DOW-UAP-D49, Launch Summary, Vandenberg AFB, 2000
Agency: Department of War
Incident date: 2/3/00
Page 10
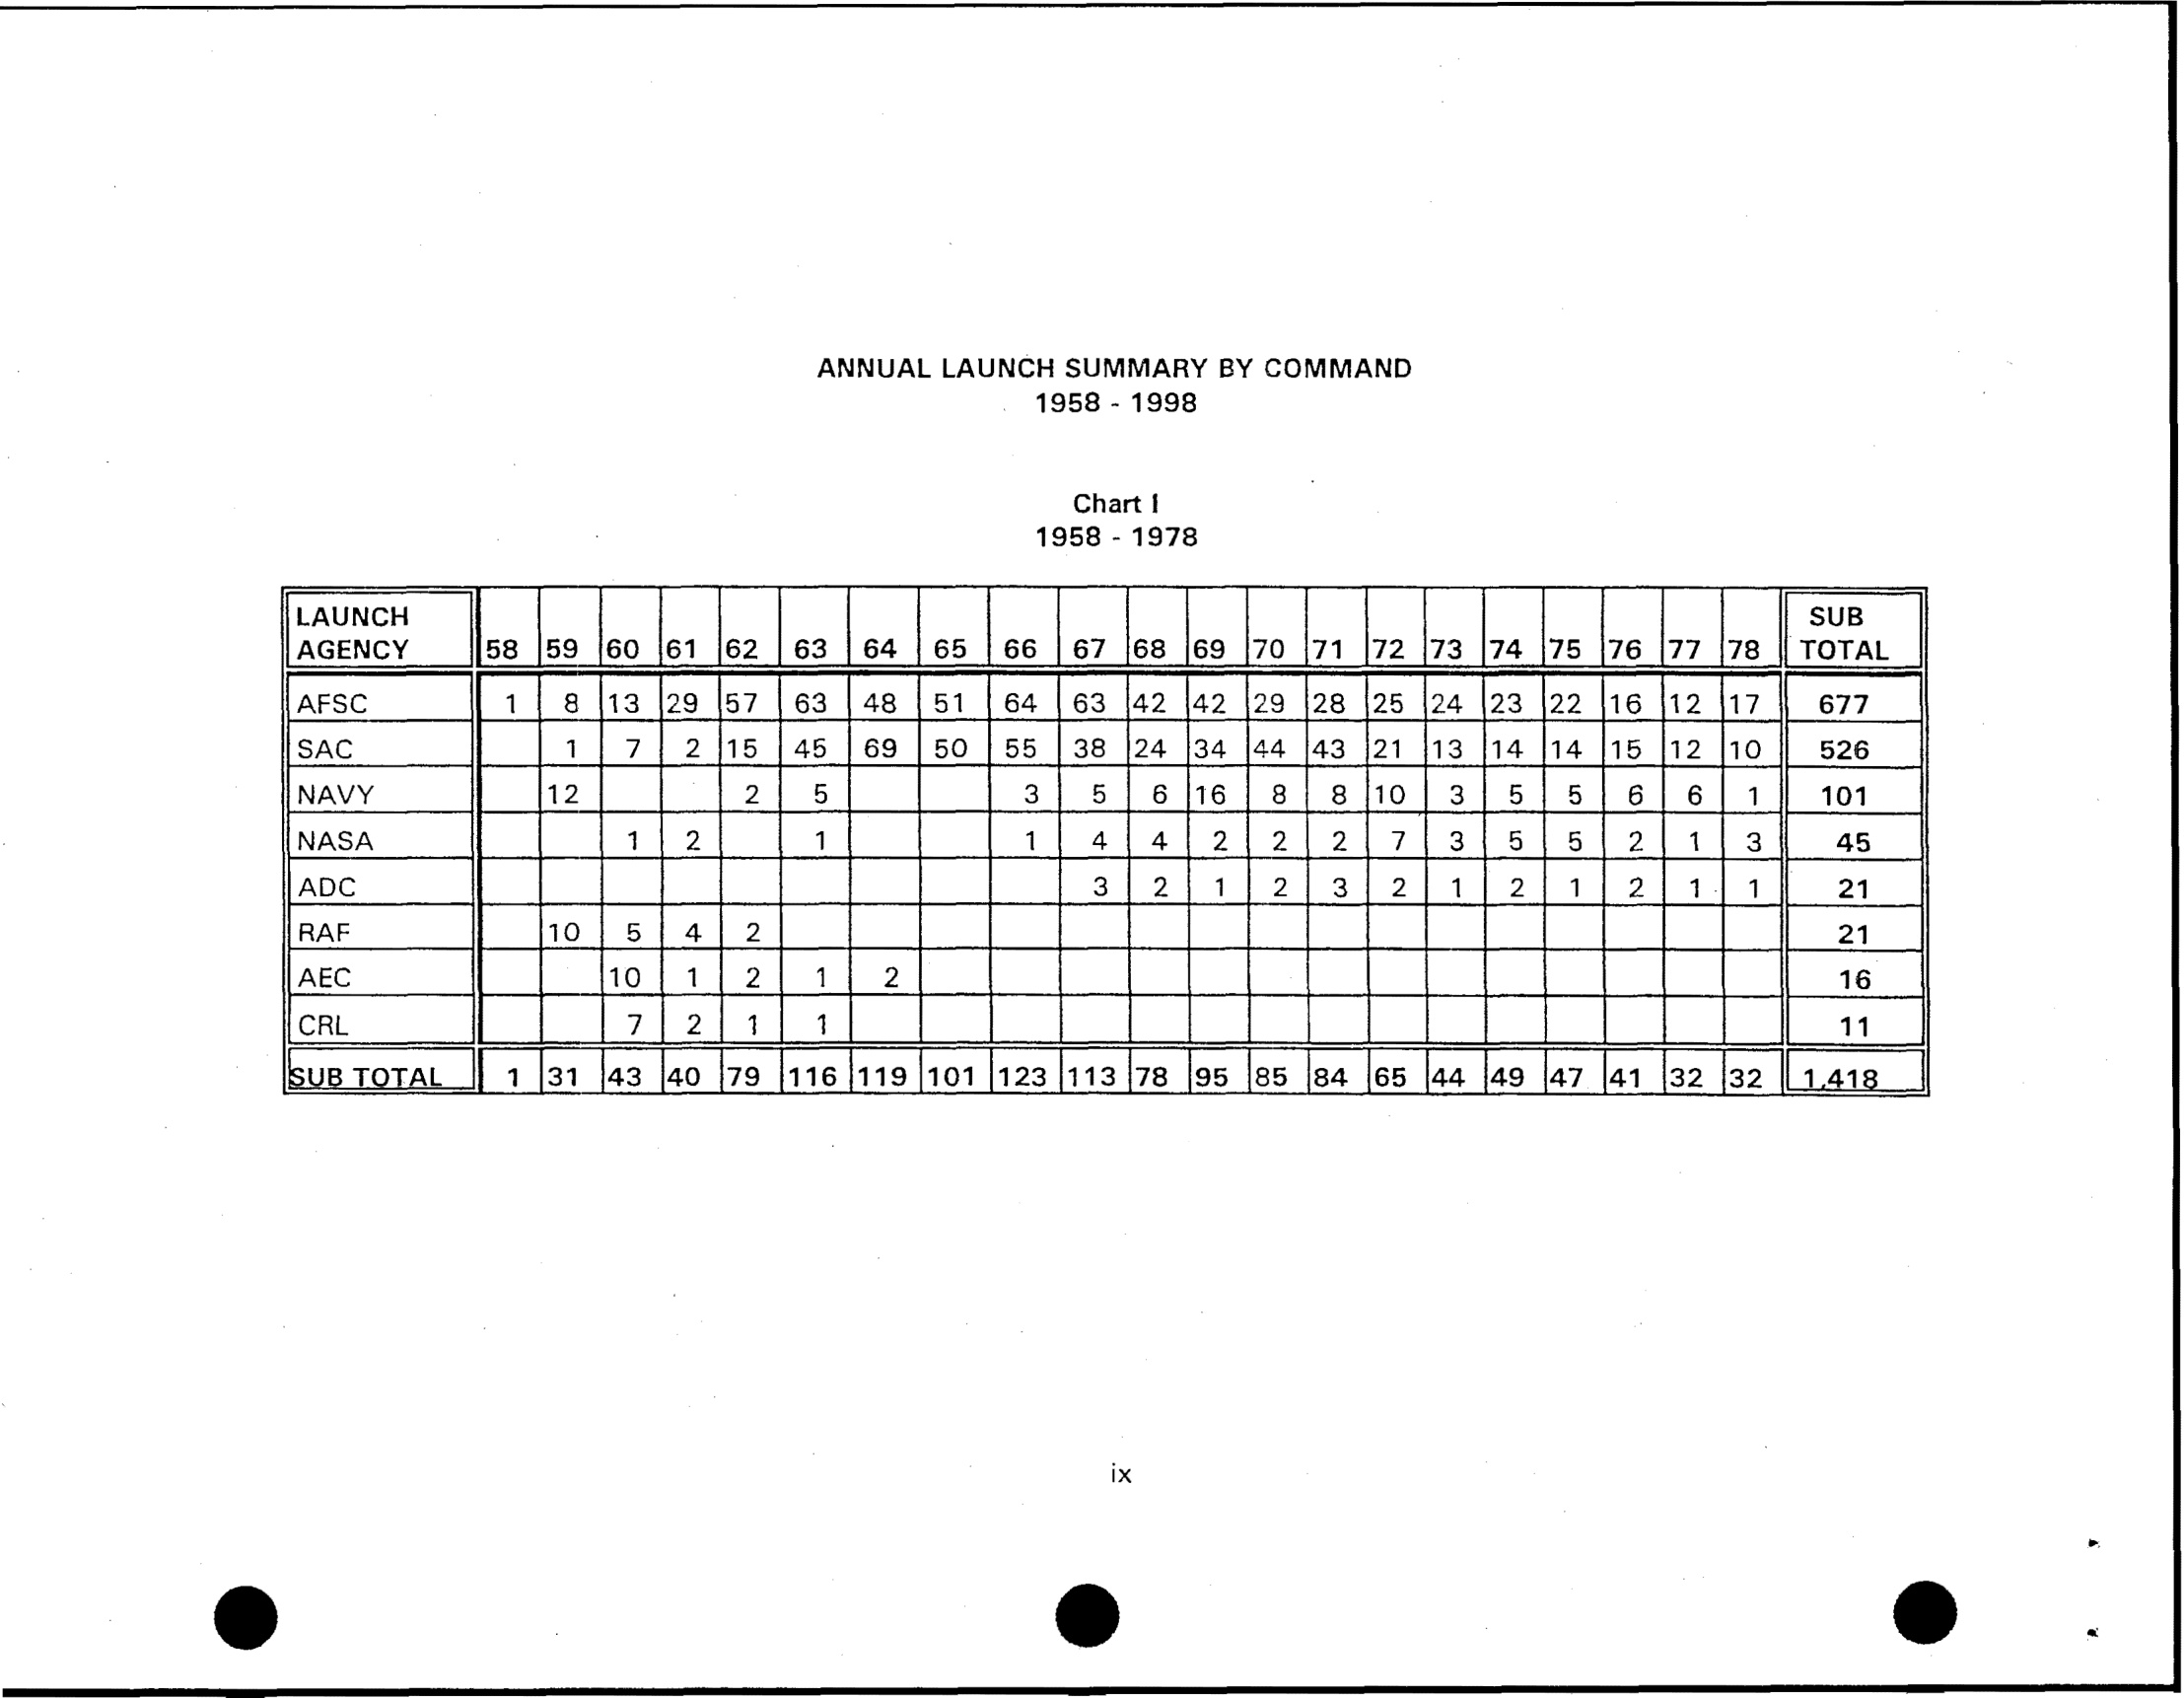